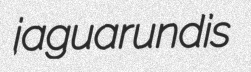
jaguarundis